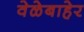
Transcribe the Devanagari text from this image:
वेळेबाहेर